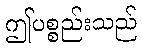
ဤပစ္စည်းသည်